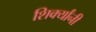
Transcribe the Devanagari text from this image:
शिर्क्यांनी